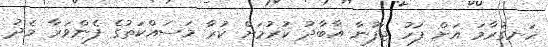
ހަނގުރާމަ އަށް ފަހު ޖަފުނާ އާބާދު ކުރުމަށް ކުރާ މަސައްކަތުގެ ފެންވަރާ މެދު